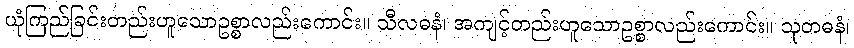
ယုံကြည်ခြင်းတည်းဟူသောဥစ္စာလည်းကောင်း။ သီလဓနံ၊ အကျင့်တည်းဟူသောဥစ္စာလည်းကောင်း။ သုတဓနံ၊